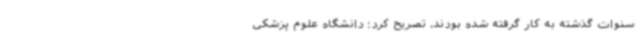
سنوات گذشته به کار گرفته‌ شده بودند، تصریح کرد: دانشگاه علوم پزشکی